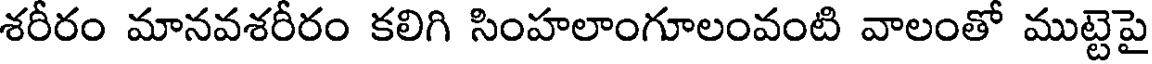
శరీరం మానవశరీరం కలిగి సింహలాంగూలంవంటి వాలంతో ముట్టెపై